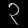
Digit: ၃